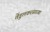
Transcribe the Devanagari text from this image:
तेंडुलकरसारखा